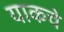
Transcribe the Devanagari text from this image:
याकचे